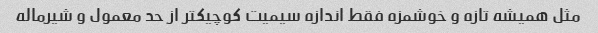
مثل همیشه تازه و خوشمزه فقط اندازه سیمیت کوچیکتر از حد معمول و شیرماله